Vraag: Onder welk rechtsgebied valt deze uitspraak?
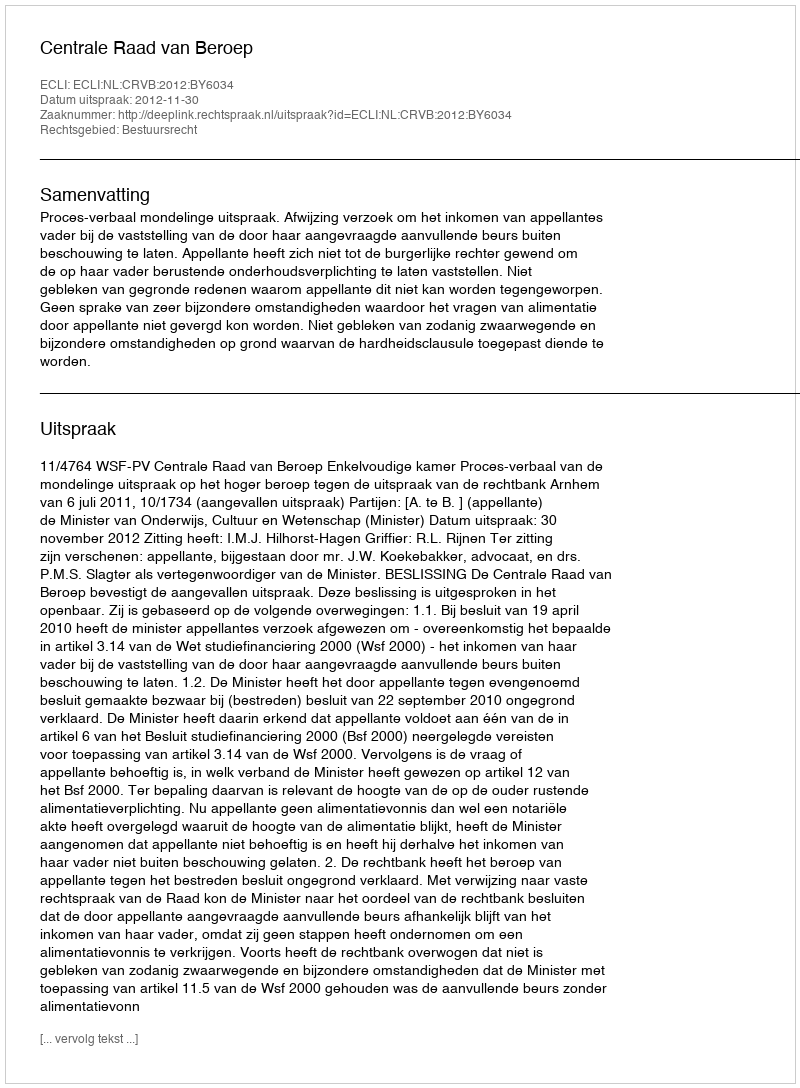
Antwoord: Bestuursrecht